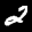
Label: 2